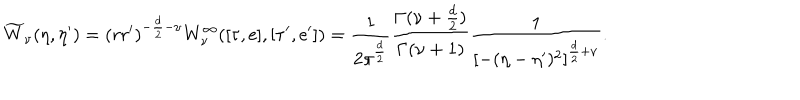
\widetilde { W } _ { \nu } ( \eta , \eta ^ { \prime } ) = ( r r ^ { \prime } ) ^ { - \frac { d } { 2 } - \nu } { W } _ { \nu } ^ { \infty } ( [ \tau , \mathrm { e } ] , [ \tau ^ { \prime } , \mathrm { e } ^ { \prime } ] ) = \frac { 1 } { 2 \pi ^ { \frac { d } { 2 } } } \frac { \Gamma ( \nu + \frac { d } 2 ) } { \Gamma ( \nu + 1 ) } \frac { 1 } { { [ - ( \eta - \eta ^ { \prime } ) ^ { 2 } ] } ^ { \frac { d } { 2 } + \nu } } .